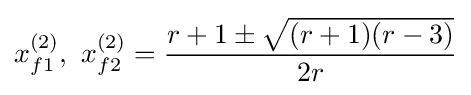
x_{f1}^{(2)},\ x_{f2}^{(2)}={\frac {r+1\pm {\sqrt {(r+1)(r-3)}}}{2r}}